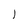
Character: l